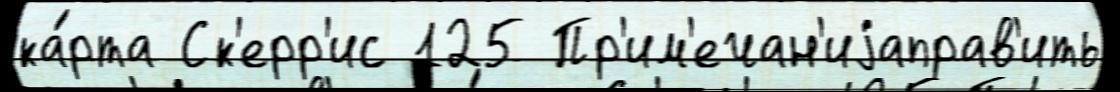
ка́рта Ск'ерр'ис 125 Пр'им'ечан'иjаправ'ить